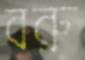
বরু